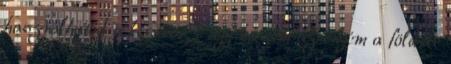
használhatod a keresöt?Vagy ha nem az enyém a föld,de